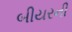
બીયરની